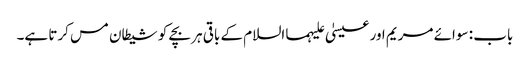
باب : سوائے مریم اور عیسیٰ علیہما السلام کے باقی ہر بچے کو شیطان مس کرتا ہے۔